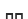
лп